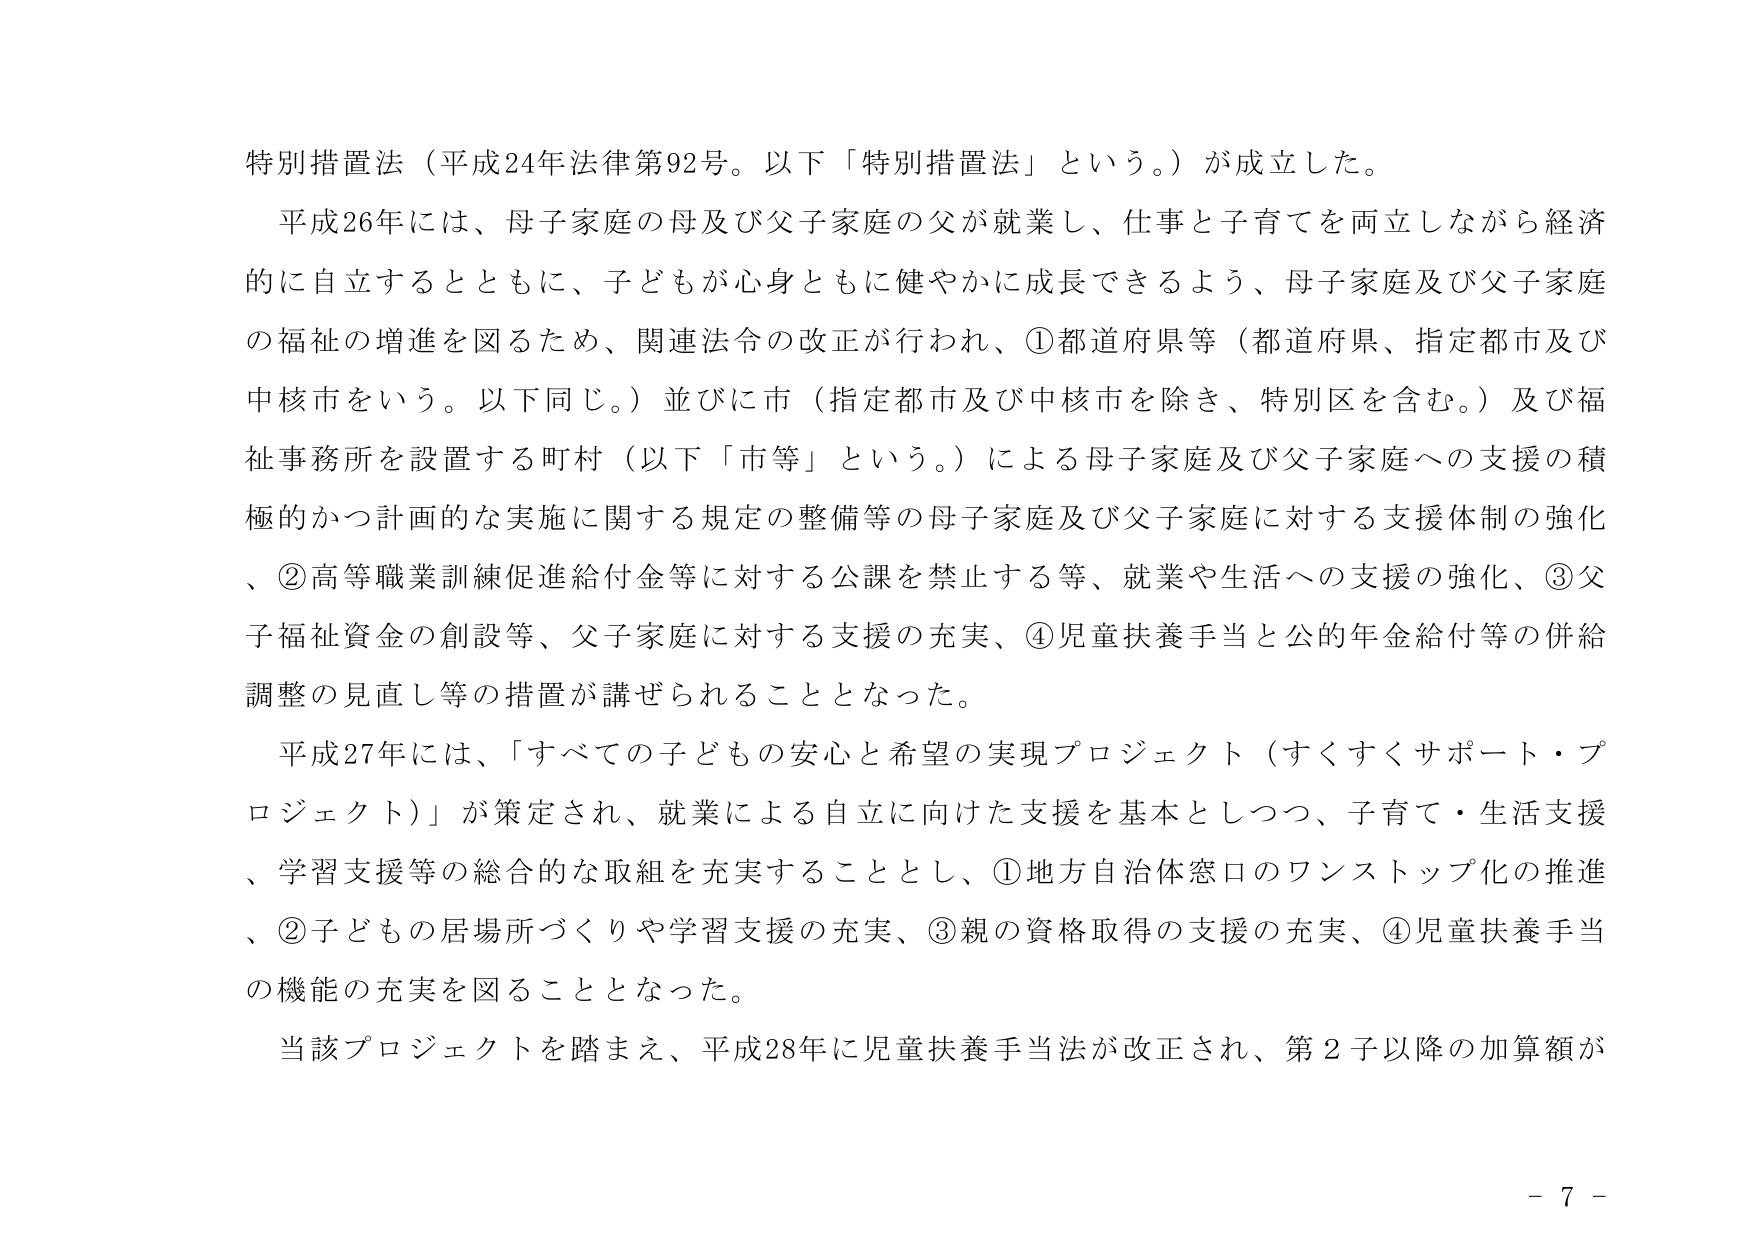
特別措置法（平成24年法律第92号。以下「特別措置法」という。）が成立した。

平成26年には、母子家庭の母及び父子家庭の父が就業し、仕事と子育てを両立しながら経済的に自立するとともに、子どもが心身ともに健やかに成長できるよう、母子家庭及び父子家庭の福祉の増進を図るため、関連法令の改正が行われ、①都道府県等（都道府県、指定都市及び中核市をいう。以下同じ。）並びに市（指定都市及び中核市を除き、特別区を含む。）及び福祉事務所を設置する町村（以下「市等」という。）による母子家庭及び父子家庭への支援の積極的かつ計画的な実施に関する規定の整備等の母子家庭及び父子家庭に対する支援体制の強化、②高等職業訓練促進給付金等に対する公課を禁止する等、就業や生活への支援の強化、③父子福祉資金の創設等、父子家庭に対する支援の充実、④児童扶養手当と公的年金給付等の併給調整の見直し等の措置が講ぜられることとなった。

平成27年には、「すべての子どもの安心と希望の実現プロジェクト（すくすくサポート・プロジェクト）」が策定され、就業による自立に向けた支援を基本としつつ、子育て・生活支援、学習支援等の総合的な取組を充実することとし、①地方自治体窓口のワンストップ化の推進、②子どもの居場所づくりや学習支援の充実、③親の資格取得の支援の充実、④児童扶養手当の機能の充実を図ることとなった。

当該プロジェクトを踏まえ、平成28年に児童扶養手当法が改正され、第2子以降の加算額が

- 7 -